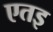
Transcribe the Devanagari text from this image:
एतइ